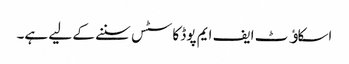
اسکاﺅٹ ایف ایم پوڈ کاسٹس سننے کے لیے ہے۔